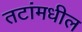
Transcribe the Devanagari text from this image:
तटांमधील